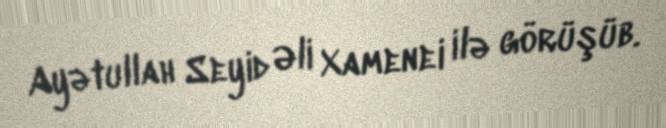
Ayətullah Seyid Əli Xamenei ilə görüşüb.